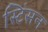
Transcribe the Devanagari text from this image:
स्टिंसन